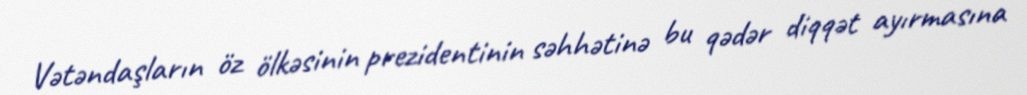
Vətəndaşların öz ölkəsinin prezidentinin səhhətinə bu qədər diqqət ayırmasına